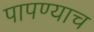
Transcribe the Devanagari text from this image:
पापण्याच